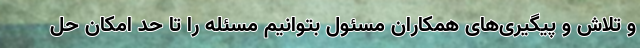
و تلاش و پیگیری‌های همکاران مسئول بتوانیم مسئله را تا حد امکان حل